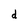
Character: d